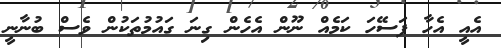
އެއީ އެހާ ފަސޭހަ ކަމެއް ނޫން އެހެން ގިނަ ގައުމުތަކުން ވެސް ބުނާނީ